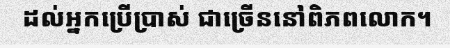
ដល់អ្នកប្រើប្រាស់ ជាច្រើននៅពិភពលោក។